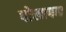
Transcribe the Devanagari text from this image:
पोलापन